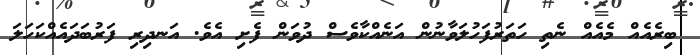
ބިރެއެއް މެއެއް ނެތި ހަތަރުފަހުލަވާނުން އަނެއްކާވެސް ދުވަން ފެށި އެވެ. އަނދިރި ފަރުބަދައެއްކަހަލަ